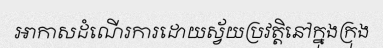
អាកាសដំណើរការដោយស្វ័យប្រវត្តិនៅក្នុងក្រុង